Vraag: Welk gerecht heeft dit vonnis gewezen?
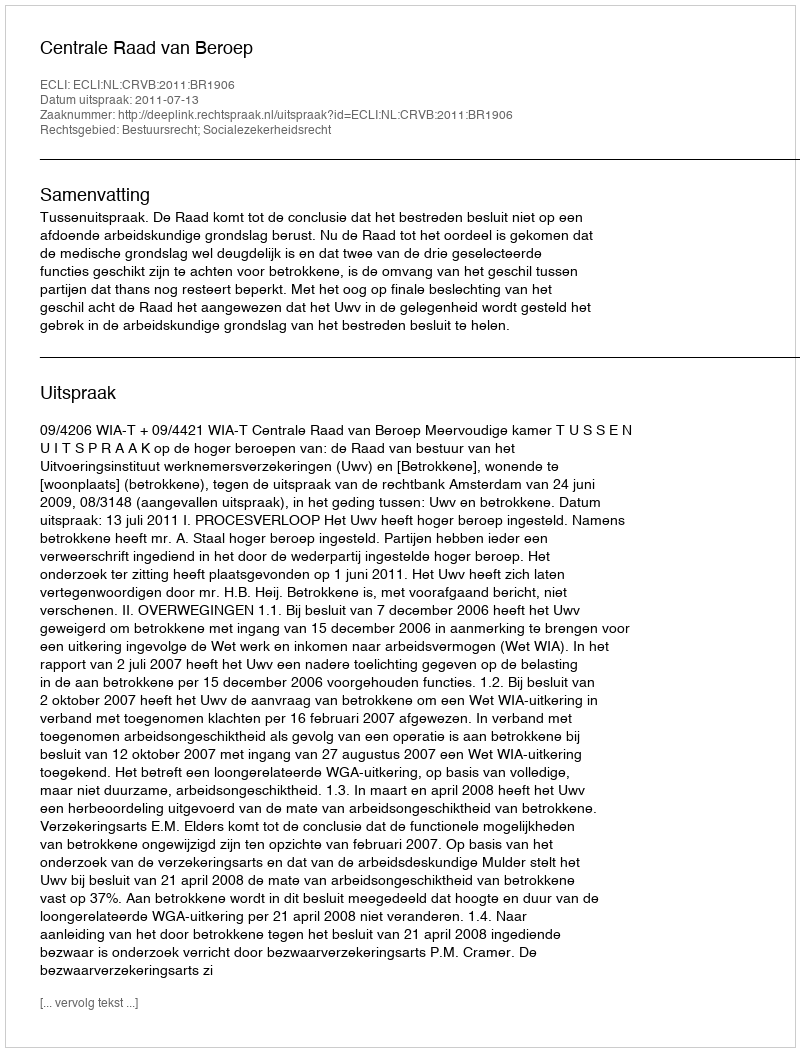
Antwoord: Centrale Raad van Beroep